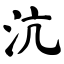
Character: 沆